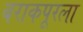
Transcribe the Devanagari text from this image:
बराकपूरला